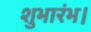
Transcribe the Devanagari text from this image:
शुभारंभ।